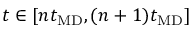
t \in [ n t _ { \mathrm { M D } } , ( n + 1 ) t _ { \mathrm { M D } } ]